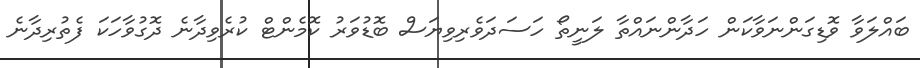
ބައްލަވާ ވޮޑިގަންނަވާކަން ހަދާންނައްތާ ލަނީތޯ ހަސަދަވެރިވިޔަސް ބޮޑުވަރު ކޮމެންޓް ކުރެވިދާނެ ދޮގުވާހަކަ ފެތުރިދާނެ